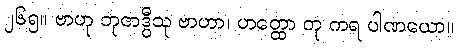
၂၆၅။ ဗာဟု ဘုဇာဒွီသု ဗာဟာ၊ ဟတ္ထော တု ကရ ပါဏယော။